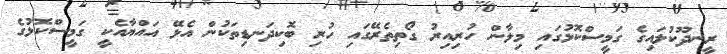
ރީނދޫކުލައިގެ ގަމީސްކޮޅުގައި މިލާން ހުރިއިރު ގޯތިތެރޭގައި ހުރި ބޮކިދަނޑިތަކުން އެޅޭ އައްޔާއެކީ ގަމީސްކޮޅުގެ